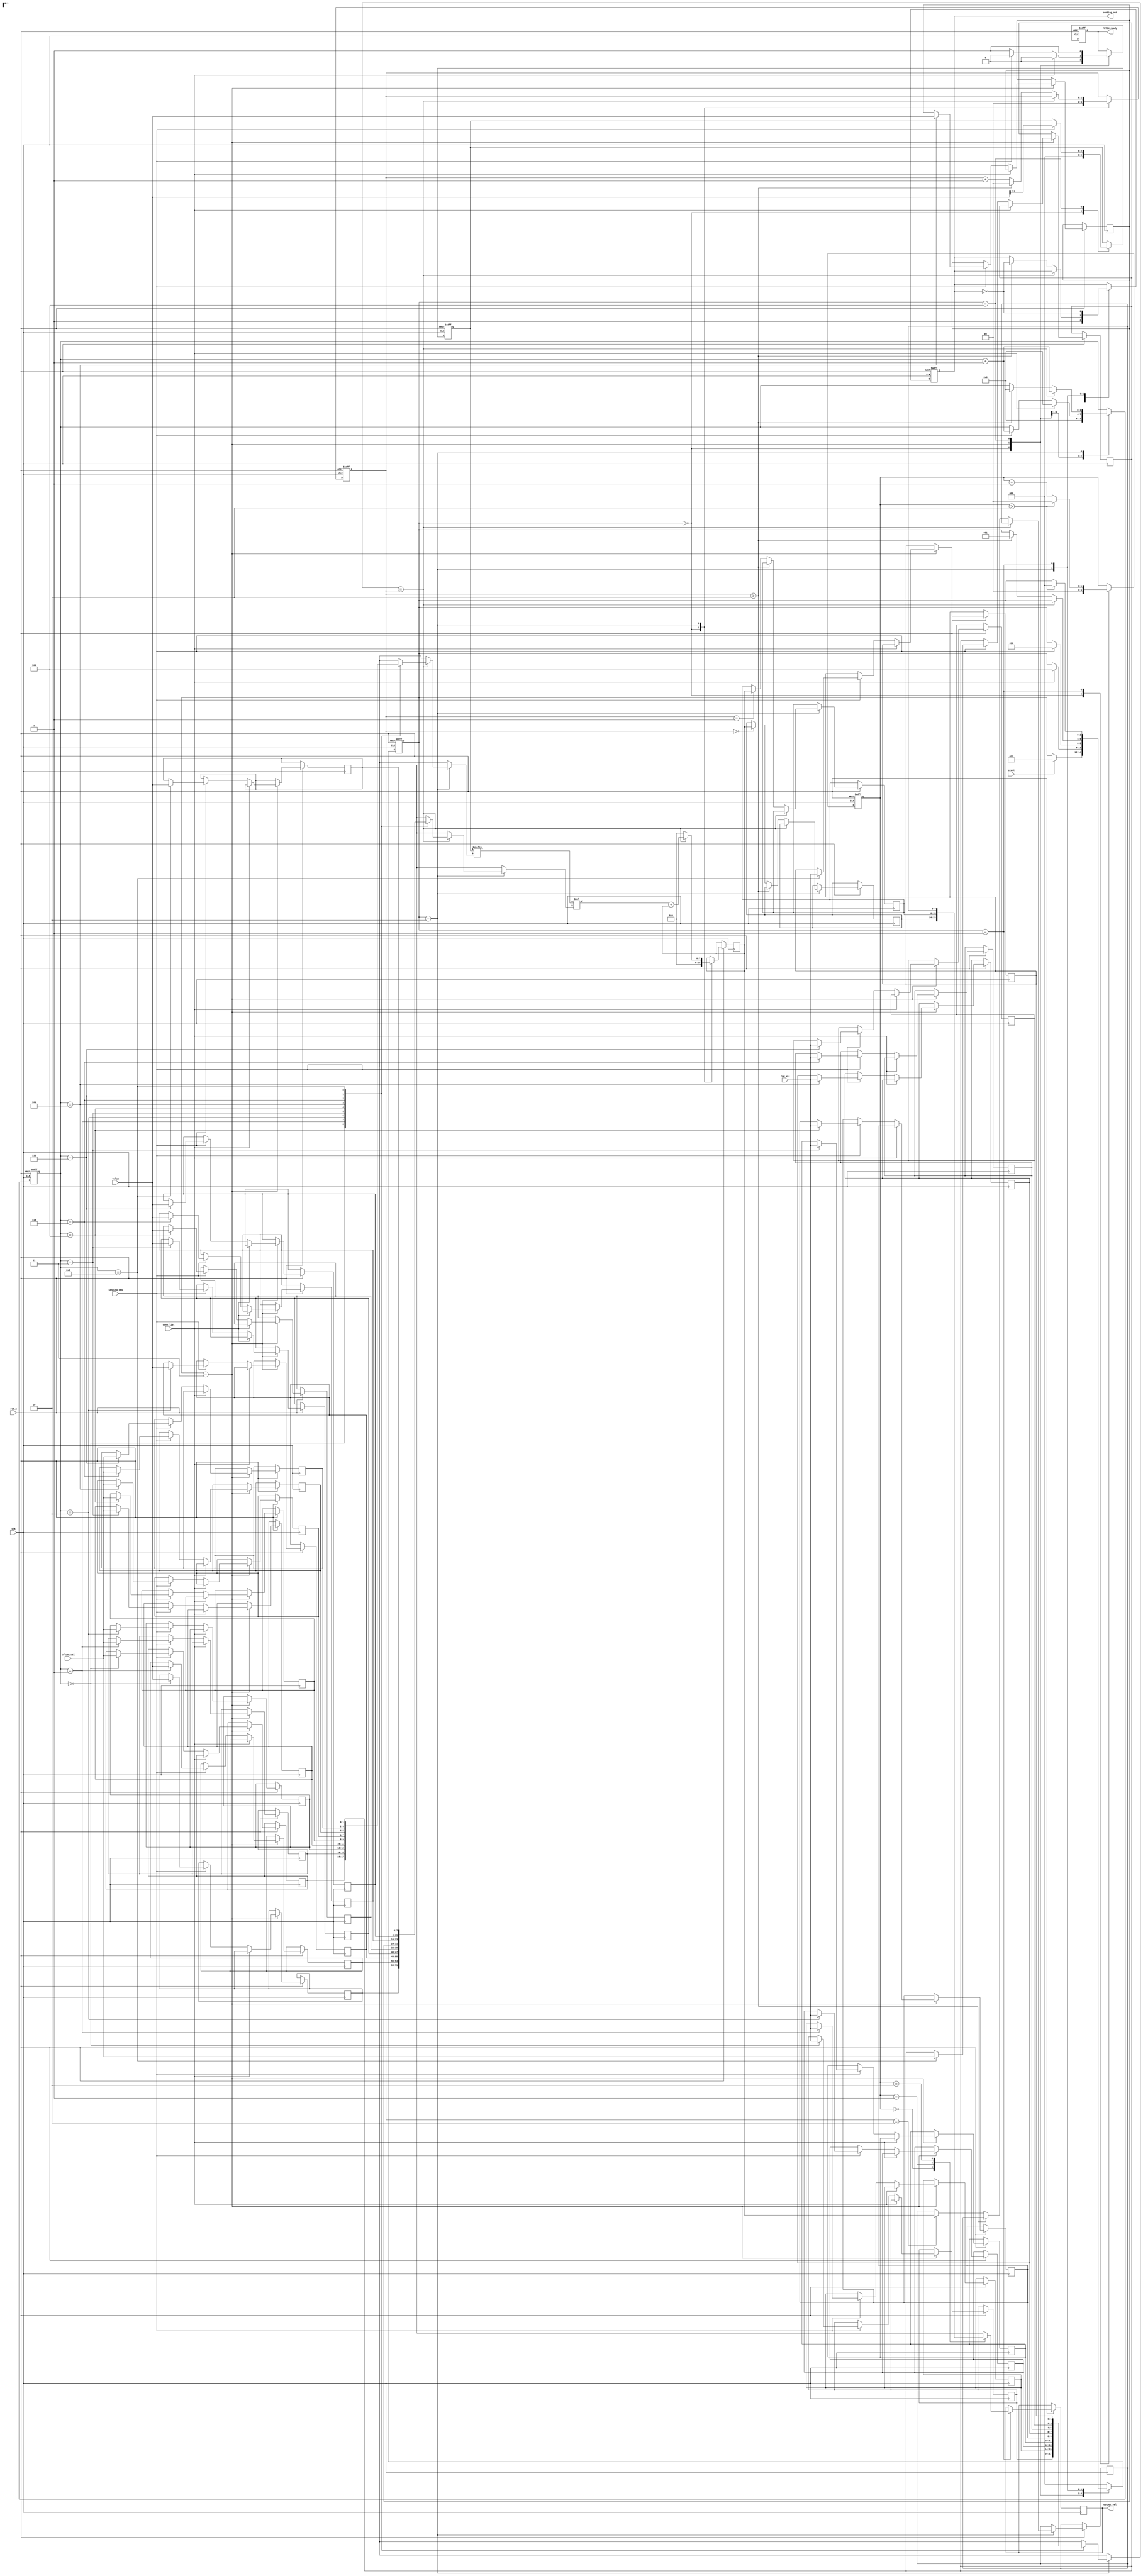
module MVM_Accelerator (
    input start,                    // Signal to start MVM
    input clk,                      // Clock
    input rst_n,                    // Reset
    input [1:0] row_val,            // CSR row pointers for 4x4 matrix
    input [7:0] value,              // CSR values for 4x4 matrix (assuming max 16 non-zero values)
    input [1:0] column_val,         // CSR column indices for 4x4 matrix (assuming max 16 non-zero values)
    input sending_CPU,
    input done_list,

    output reg [7:0] output_val,    // Resultant output after MVM
    output reg sending_out,
    output reg FETCH_ready
);

reg [1:0] row_pointers[8:0];       // CSR row pointers for 4x4 matrix
reg [7:0] values[8:0];             // CSR values for 4x4 matrix (assuming max 16 non-zero values)
reg [1:0] column_indices[8:0];     // CSR column indices for 4x4 matrix (assuming max 16 non-zero values)
reg [7:0] result[2:0];              // Resultant output after MVM
reg [2:0] spike_train = 3'b000;    // 4-input spike train

parameter [2:0] IDLE        = 3'b000,   // states
                TRANSMIT    = 3'b001,   // transmit computed vector
                COMPUTE     = 3'b010,   // compute matrix vectormultiplication
                FETCH_CSR   = 3'b011,   // fetch CSR formatted matrix
                FETCH_TRAIN = 3'b100;   // fetch spiketrain

reg [2:0] state = IDLE;
reg [1:0] current_row = 0;  // Current row being processed
reg [3:0] i = 0;    
reg [1:0] j = 0;            // counters 
reg [7:0] interval;         // intermediate value for calculation


always @(posedge clk or negedge rst_n) begin
    if (!rst_n) begin
        state <= IDLE;          // reset register values on reset
        current_row <= 0;
        i <= 0;
        j <= 0;
        spike_train <= 3'b000;
        FETCH_ready <= 0;
        sending_out <= 1;
    end else begin
        case (state)

            IDLE: begin
                current_row <= 0;               // reset registers
                i <= 0;
                j <= 0;
                spike_train <= 3'b000;
                sending_out <= 1;
                interval <= 0;
                FETCH_ready <= 0;
                if (start) begin                // use start(ena) to begin loading data from CPU
                    state <= FETCH_CSR;
                  
                end
            end

            FETCH_CSR: begin
                
                FETCH_ready <= 1;   
                if (done_list) begin         // if done sending CSR matrix (flag from CPU)
                    FETCH_ready <= 0;        // not ready for spiketrain yet
                    state <= FETCH_TRAIN;    // go to get the spike train
                    i <= 0;                  // reset index counter
                end                          // CPU done loading flag
                else if (sending_CPU) begin              // if CPU is sending new data
                    FETCH_ready <= 0;                   // not ready for new data
                    row_pointers[i] <= row_val;         // load values in CSR format (row) (col) (value)
                    column_indices[i] <= column_val;    
                    values[i] <= value;
                    i <= i + 1;                           // iterate index for arrays
                end  
            end     

            FETCH_TRAIN: begin

                FETCH_ready <= 1;                       // ready for new data
                if (sending_CPU) begin
                    spike_train <= value[2:0];          // load in spike train
                    FETCH_ready <= 1;                   // ready to get data again
                    state <= COMPUTE;                   // compute 
                end            
            end

            COMPUTE: begin                
                if (row_pointers[i] == current_row) begin
                    interval <= ((spike_train[column_indices[i]])*(values[i])) + interval;
                    i <= i + 1;                         // calculate intermediate multiplication and add to total
                end else if (current_row > 2) begin     // does matrix math row by row
                    i <= 0;                             // if we are past the allocated amount of of rows
                    interval <= 0;                      // send out vector
                    current_row <= 0;
                    sending_out <= sending_out ^ 1'b1;  // flip sending out bit
                    state <= TRANSMIT;                  // move to transmit state
                end else begin
                    result[current_row] <= interval;
                    interval <= 0;
                    current_row <= current_row + 1;
                end                                                 
            end

            TRANSMIT: begin               
                output_val <= result[j];
                sending_out <= sending_out^1'b1;
                j <= j+1;

                if (j>2) begin
                    state <= IDLE;  
                    j <= 0; 
               end 
            end 

            default: state <= IDLE;
        endcase
    end
end

endmodule